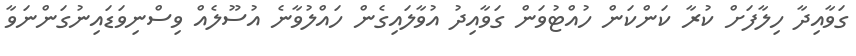
ގަވާއިދާ ހިލާފަށް ކުރާ ކަންކަން ހުއްޓުވަން ގަވާއިދު އުވާލައިގެން ހައްލުވާނެ އުސޫލެއް ވިސްނިވަޑައިނުގަންނަވާ